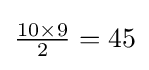
{\tfrac {10\times 9}{2}}=45